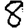
Digit: 8